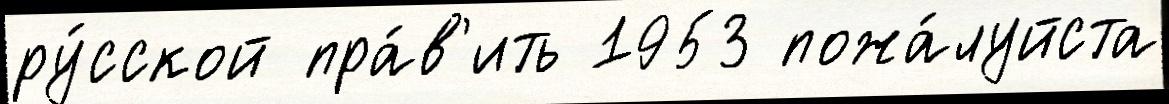
ру́сской пра́в'ить 1953 пожа́луйста